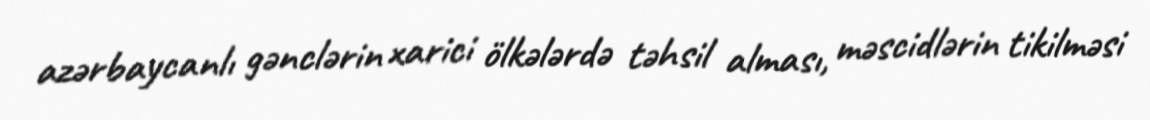
azərbaycanlı gənclərin xarici ölkələrdə təhsil alması, məscidlərin tikilməsi